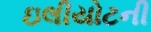
ઇલીયોટની